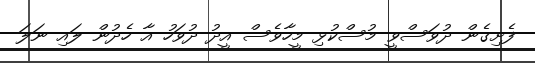
ފެށިގެން ދުވަސްވީ މުސްކުޅި މީހާވެސް އީދު ދުވަހު އާ ހެދުން ލައި ނަލަ